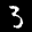
Label: 3